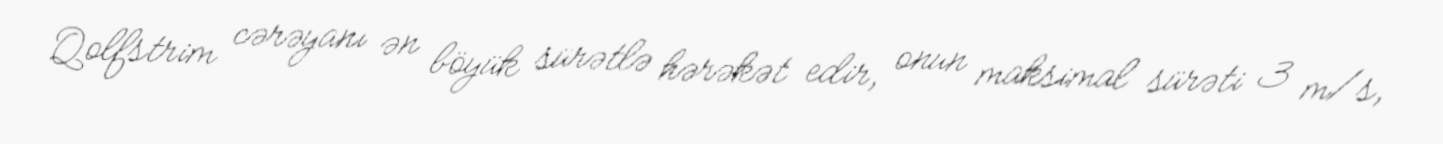
Qolfstrim cərəyanı ən böyük sürətlə hərəkət edir, onun maksimal sürəti 3 m/s,